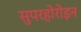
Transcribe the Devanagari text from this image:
सुपरहोरोइन